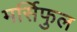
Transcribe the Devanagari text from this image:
मर्सिफुल